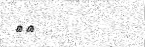
٧٠